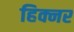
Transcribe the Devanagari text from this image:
हिक्नर